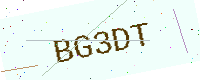
Text: BG3DT